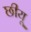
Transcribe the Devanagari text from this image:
छीयू